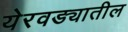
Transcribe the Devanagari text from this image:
येरवड्यातील